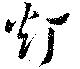
灯